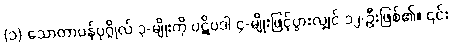
(၁) သောတာပန်ပုဂ္ဂိုလ် ၃-မျိုးကို ပဋိပဒါ ၄-မျိုးဖြင့်ပွားလျှင် ၁၂-ဦးဖြစ်၏။ ၎င်း